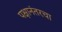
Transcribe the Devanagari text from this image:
पक्षानंतरचा